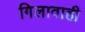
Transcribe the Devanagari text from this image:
गिलावाही